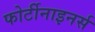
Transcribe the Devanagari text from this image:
फोर्टीनाइनर्स